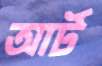
আর্ট